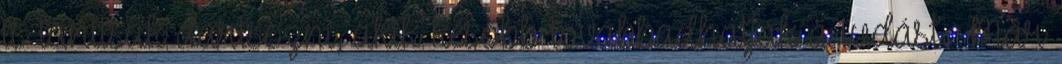
is tanítsak dartsozni, akik később továbbadhatják a tudást. Már